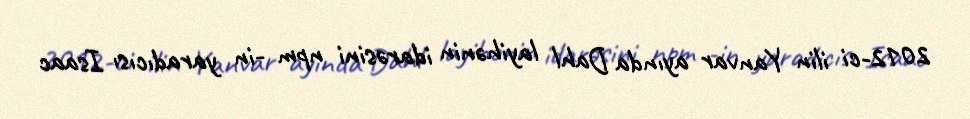
2012-ci ilin Yanvar ayında Dahl layihənin idarəsini npm -in yaradıcısı Isaac